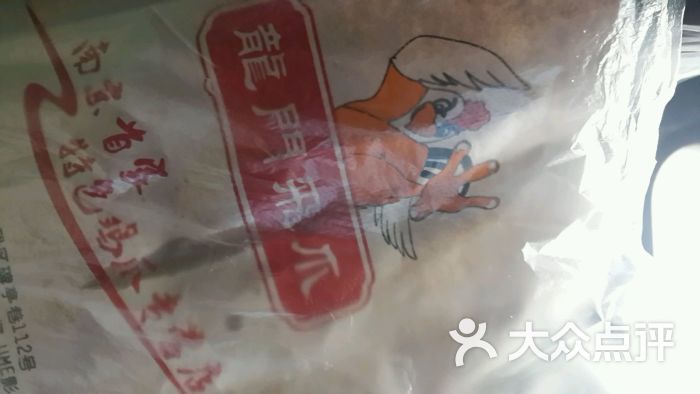
鹔鹴换美酒，舞衣罢雕龙。